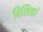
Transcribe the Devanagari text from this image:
बिलिर्का